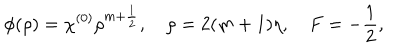
\phi ( \rho ) = \chi ^ { ( 0 ) } \rho ^ { m + \frac 1 2 } , \quad \rho = 2 ( m + 1 ) \eta , \quad F = - \frac 1 2 ,